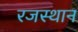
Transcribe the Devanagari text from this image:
रजस्थान